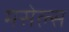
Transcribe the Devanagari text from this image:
मसेल्स